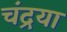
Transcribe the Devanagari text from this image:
चंद्रया